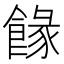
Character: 餯